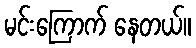
မင်းကြောက် နေတယ်။